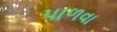
પાળવા